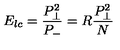
E _ { l c } = { \frac { P _ { \perp } ^ { 2 } } { P _ { - } } } = R { \frac { P _ { \perp } ^ { 2 } } { N } }